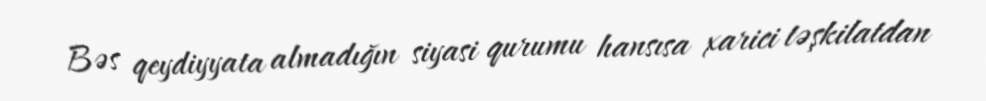
Bəs qeydiyyata almadığın siyasi qurumu hansısa xarici təşkilatdan